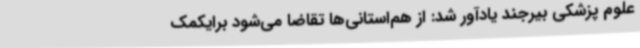
علوم پزشکی بیرجند یادآور شد: از هم‌استانی‌ها تقاضا می‌شود برایکمک